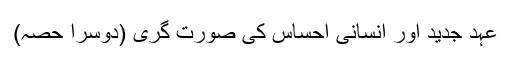
عہدِ جدید اور انسانی احساس کی صورت گری (دوسرا حصہ)